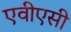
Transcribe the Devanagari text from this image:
एवीएसी